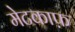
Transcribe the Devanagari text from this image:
मेटकाफ़